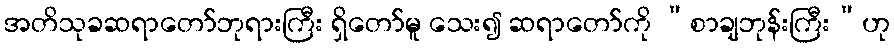
အတိသုခဆရာတော်ဘုရားကြီး ရှိတော်မူ သေး၍ ဆရာတော်ကို “စာချဘုန်းကြီး”ဟု